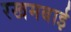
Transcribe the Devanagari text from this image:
रखमबाई